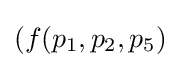
(f(p_{1},p_{2},p_{5})